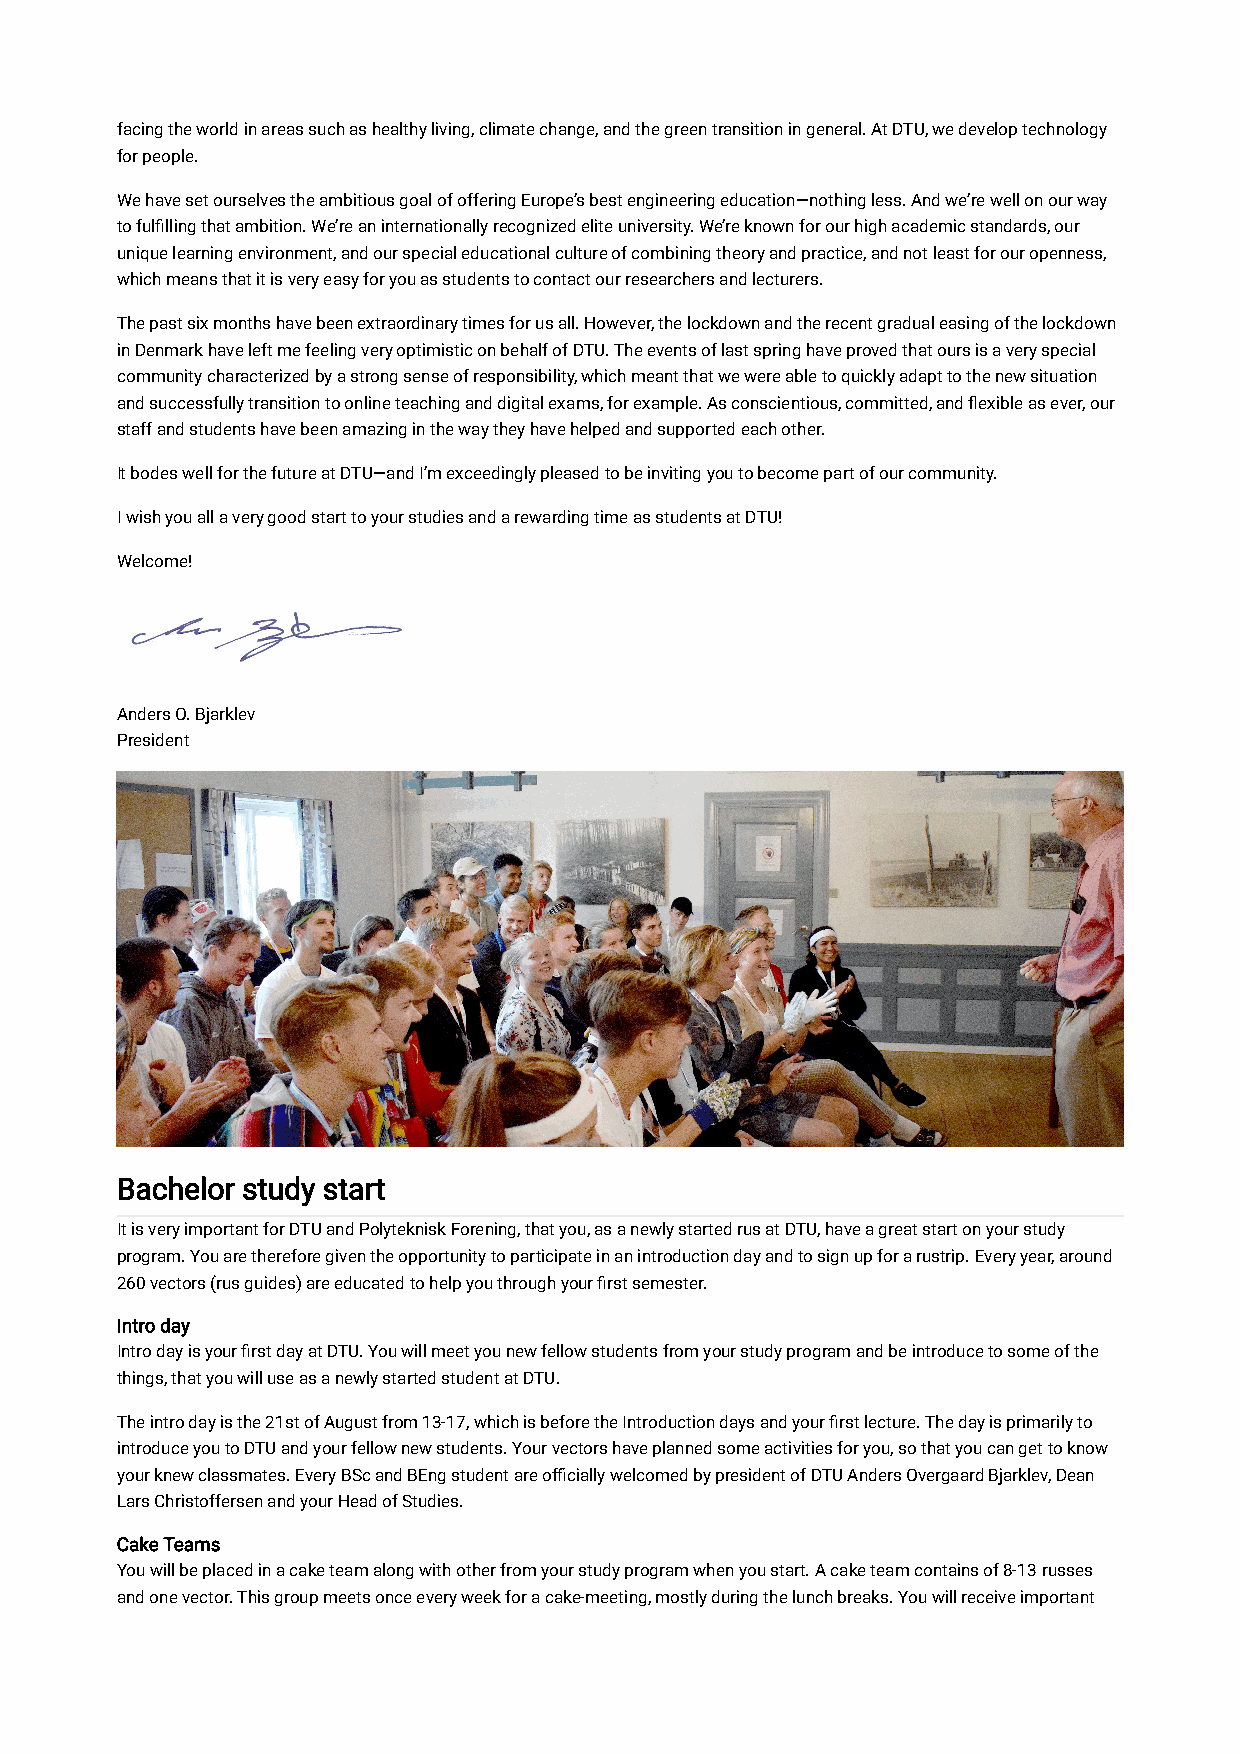
facing the world in areas such as healthy living, climate change, and the green transition in general. At DTU, we develop technology
 for people.
 We have set ourselves the ambitious goal of offering Europe’s best engineering education—nothing less. And we’re well on our way
 to fulfilling that ambition. We’re an internationally recognized elite university. We’re known for our high academic standards, our
 unique learning environment, and our special educational culture of combining theory and practice, and not least for our openness,
 which means that it is very easy for you as students to contact our researchers and lecturers.
 The past six months have been extraordinary times for us all. However, the lockdown and the recent gradual easing of the lockdown
 in Denmark have left me feeling very optimistic on behalf of DTU. The events of last spring have proved that ours is a very special
 community characterized by a strong sense of responsibility, which meant that we were able to quickly adapt to the new situation
 and successfully transition to online teaching and digital exams, for example. As conscientious, committed, and flexible as ever, our
 staff and students have been amazing in the way they have helped and supported each other.
 It bodes well for the future at DTU—and I’m exceedingly pleased to be inviting you to become part of our community.
 I wish you all a very good start to your studies and a rewarding time as students at DTU!
 Welcome!
 Anders O. Bjarklev
 President
 Bachelor study start
 It is very important for DTU and Polyteknisk Forening, that you, as a newly started rus at DTU, have a great start on your study
 program. You are therefore given the opportunity to participate in an introduction day and to sign up for a rustrip. Every year, around
 260 vectors (rus guides) are educated to help you through your first semester.
 Intro day
 Intro day is your first day at DTU. You will meet you new fellow students from your study program and be introduce to some of the
 things, that you will use as a newly started student at DTU.
 The intro day is the 21st of August from 13-17, which is before the Introduction days and your first lecture. The day is primarily to
 introduce you to DTU and your fellow new students. Your vectors have planned some activities for you, so that you can get to know
 your knew classmates. Every BSc and BEng student are officially welcomed by president of DTU Anders Overgaard Bjarklev, Dean
 Lars Christoffersen and your Head of Studies.
 Cake Teams
 You will be placed in a cake team along with other from your study program when you start. A cake team contains of 8-13 russes
 and one vector. This group meets once every week for a cake-meeting, mostly during the lunch breaks. You will receive important